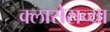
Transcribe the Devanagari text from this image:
क्लासेसच्या